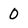
Character: 0